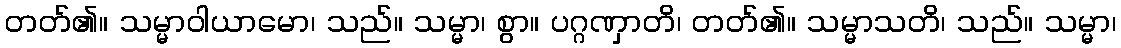
တတ်၏။ သမ္မာဝါယာမော၊ သည်။ သမ္မာ၊ စွာ။ ပဂ္ဂဏှာတိ၊ တတ်၏။ သမ္မာသတိ၊ သည်။ သမ္မာ၊